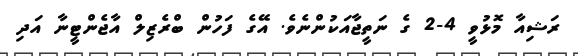
ރަޝިއާ މޮޅުވީ 4-2 ގެ ނަތީޖާއަކުންނެވެ. އޭގެ ފަހުން ބްރެޒިލް އާޖެންޓީނާ އަދި